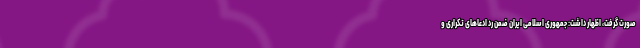
صورت گرفت، اظهار داشت: جمهوری اسلامی ایران ضمن رد ادعاهای تکراری و